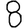
Digit: 8